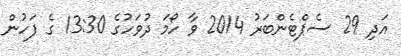
އަދި 29 ސެޕްޓެންބަރު 2014 ވާ ހޯމަ ދުވަހުގެ 13:30 ގެ ފަހުން